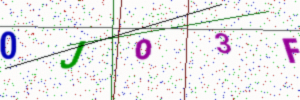
Text: 0JO3F